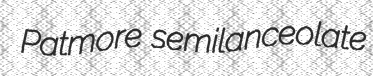
Patmore semilanceolate